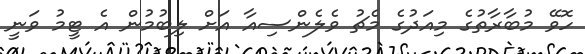
ހޮވޭ މުބާރާތުގެ މިއަދުގެ މެޗު ވެލެންސިއާ އަށް ލިބުމުން އެ ޓީމު ވަނީ